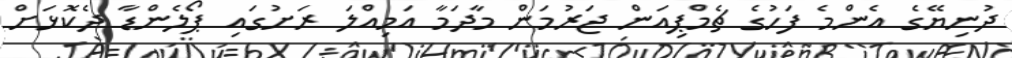
ދުނިޔޭގެ އެންމެ ފަހުގެ ޗެމްޕިއަން ޖަރުމަން މާދަމާ އަމިއްލަ ރަށުގައި ޕޯލެންޑާ ދެކޮޅަށް